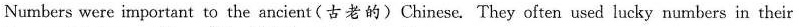
Numbers were important to the ancient(古老的)Chinese. They often used lucky numbers in their